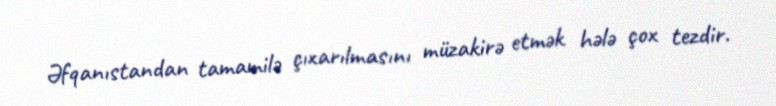
Əfqanıstandan tamamilə çıxarılmasını müzakirə etmək hələ çox tezdir.